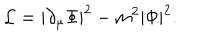
{ \cal L } = | \partial _ { \mu } \Phi | ^ { 2 } - m ^ { 2 } | \Phi | ^ { 2 } .